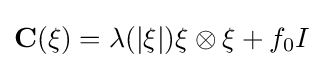
{\bf {C}}({\bf {\xi }})=\lambda (|{\bf {\xi }}|){\bf {\xi }}\otimes {\bf {\xi }}+f_{0}I